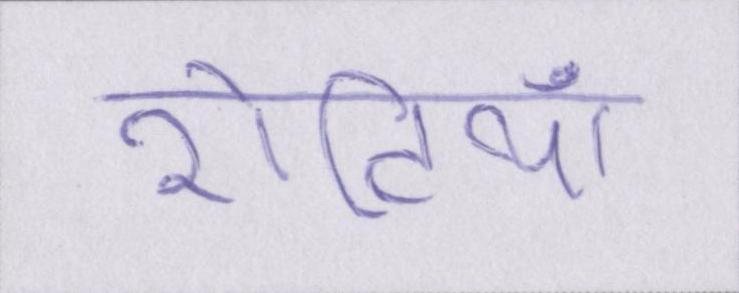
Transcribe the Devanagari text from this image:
रोटियाँ